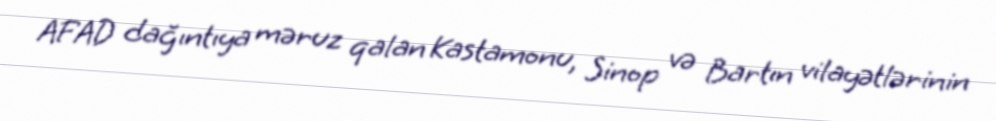
AFAD dağıntıya məruz qalan Kastamonu, Sinop və Bartın vilayətlərinin